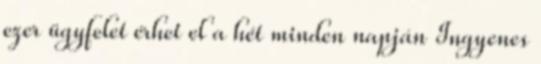
ezer ügyfelet érhet el a hét minden napján Ingyenes